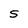
Character: S